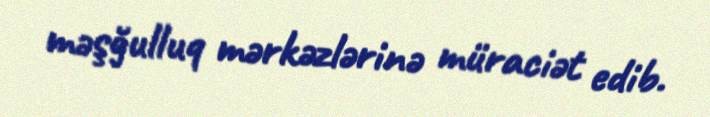
məşğulluq mərkəzlərinə müraciət edib.